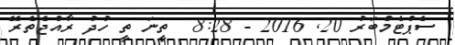
ސެޕްޓެމްބަރު 20